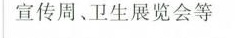
宣传周、卫生展览会等